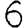
Digit: 6